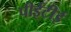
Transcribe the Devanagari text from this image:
पीईटीई